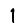
Digit: 1